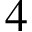
4